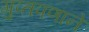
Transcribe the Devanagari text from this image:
गुप्तपणाने